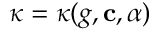
\kappa = \kappa ( g , \mathbf { c } , \alpha )